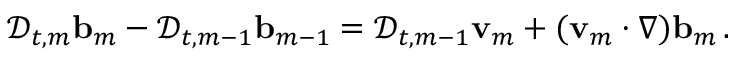
\mathscr { D } _ { t , m } \ensuremath { \mathbf { b } } _ { m } - \mathscr { D } _ { t , m - 1 } \ensuremath { \mathbf { b } } _ { m - 1 } = \mathscr { D } _ { t , m - 1 } \ensuremath { \mathbf { v } } _ { m } + ( \ensuremath { \mathbf { v } } _ { m } \cdot \nabla ) \ensuremath { \mathbf { b } } _ { m } \, .